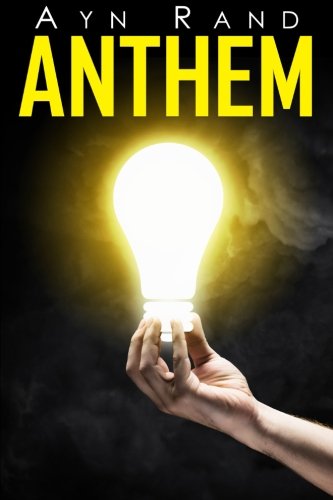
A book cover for Anthem; Ayn Rand; Science Fiction & Fantasy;